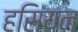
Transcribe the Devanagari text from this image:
हसियन